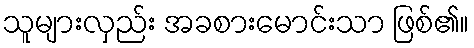
သူများလှည်း အခစားမောင်းသာ ဖြစ်၏။